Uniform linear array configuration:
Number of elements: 32
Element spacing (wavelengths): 0.5
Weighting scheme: kaiser
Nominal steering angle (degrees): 30
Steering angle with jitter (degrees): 30.032
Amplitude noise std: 0.05
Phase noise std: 0.05

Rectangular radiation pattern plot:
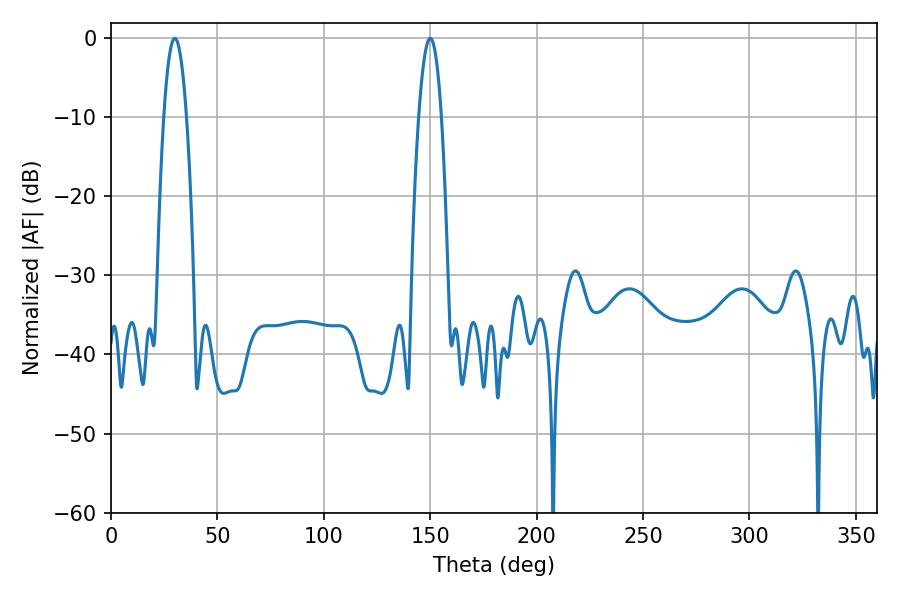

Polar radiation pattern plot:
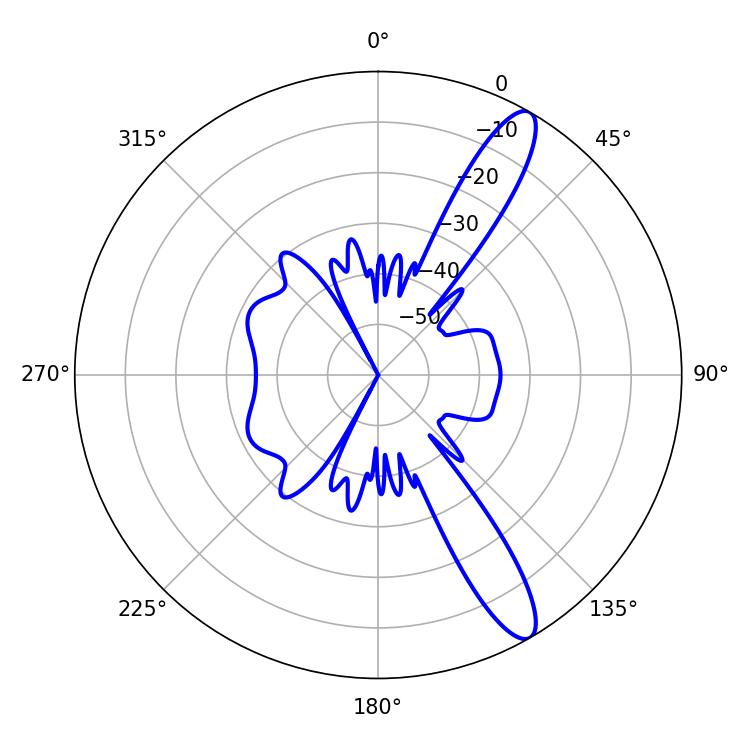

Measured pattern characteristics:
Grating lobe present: FALSE
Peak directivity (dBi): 12.588
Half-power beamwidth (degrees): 5.76
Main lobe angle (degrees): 30.06